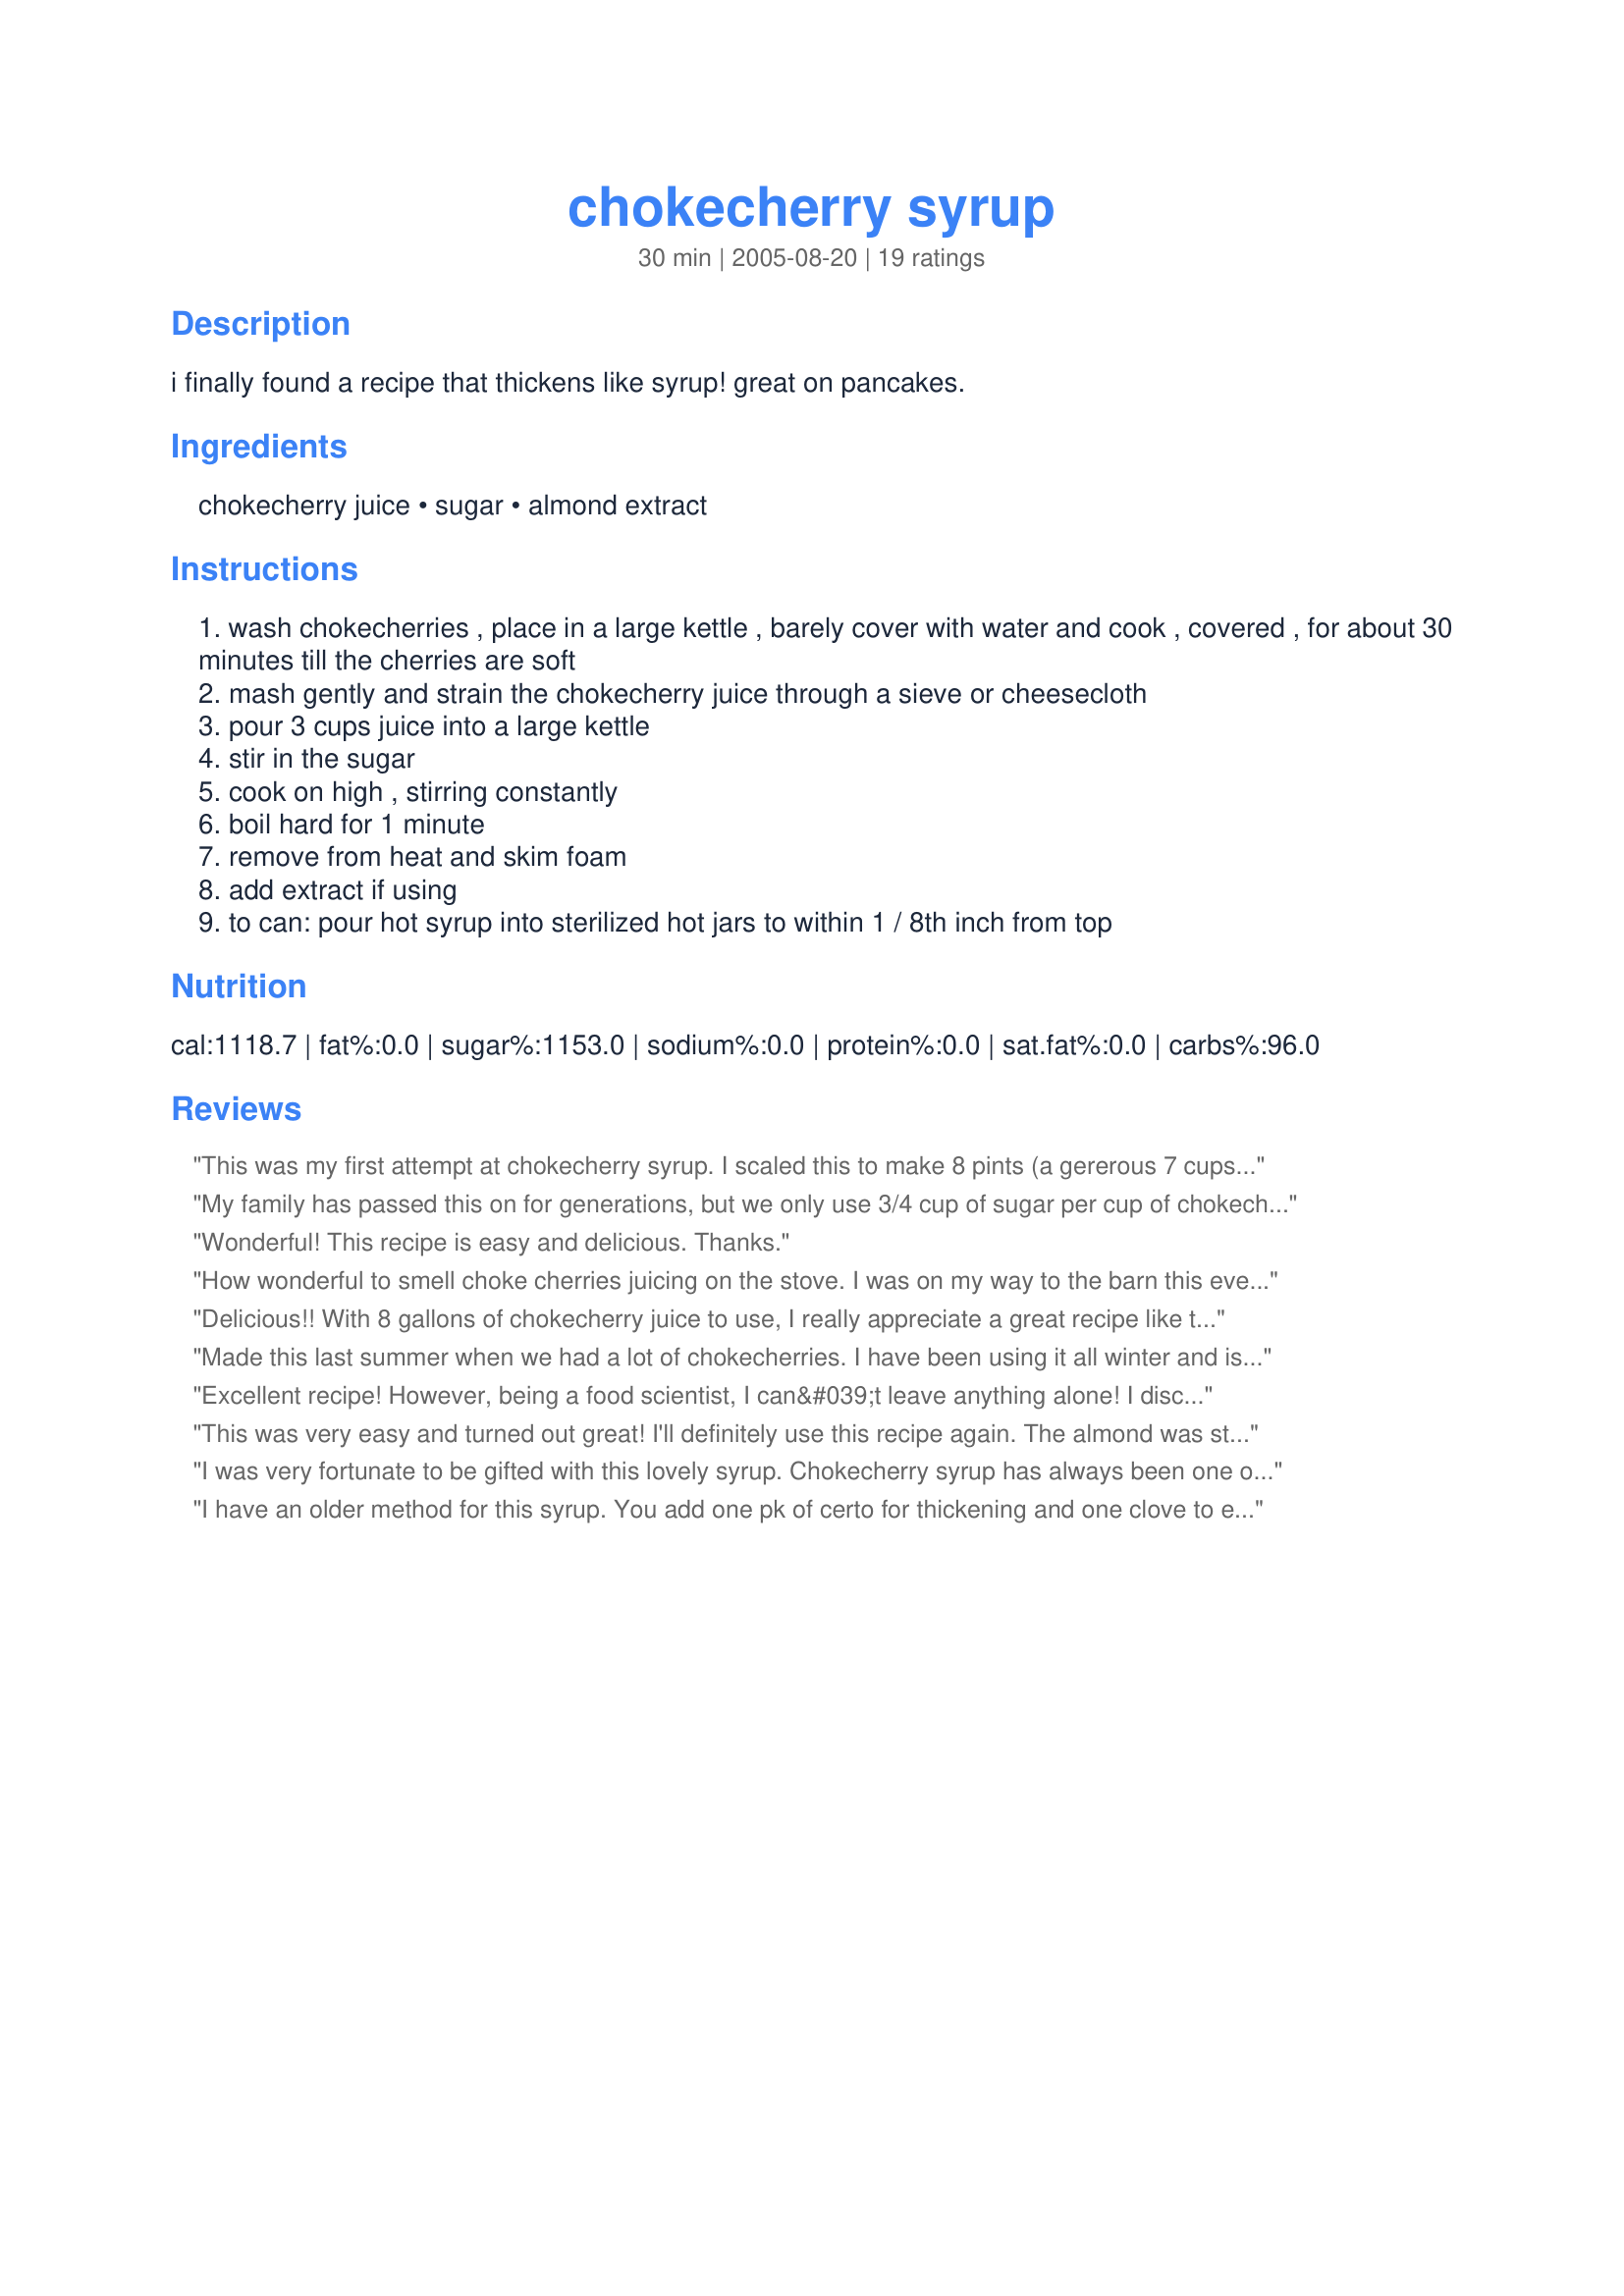
chokecherry syrup
Preparation time: 30 minutes

i finally found a recipe that thickens like syrup! great on pancakes.

Ingredients:
chokecherry juice, sugar, almond extract

Steps:
wash chokecherries , place in a large kettle , barely cover with water and cook , covered , for about 30 minutes till the cherries are soft
mash gently and strain the chokecherry juice through a sieve or cheesecloth
pour 3 cups juice into a large kettle
stir in the sugar
cook on high , stirring constantly
boil hard for 1 minute
remove from heat and skim foam
add extract if using
to can: pour hot syrup into sterilized hot jars to within 1 / 8th inch from top

Reviews:
This was my first attempt at chokecherry syrup. I scaled this to make 8 pints (a gererous 7 cups of juice - 1/2 gal jar), and it tastes great. Good consistency for syrup! I did add 1/4tbsp of butter due to the suggestions, and I still had foam issues. This may have been due to the pot I was using. Had I used a larger one, it might have been less of a near boil over. I&#039;d recommend using a pot much bigger than what you think you need. Great recipe - thanks Kaarin!
My family has passed this on for generations, but we only use 3/4 cup of sugar per cup of chokecherry juice and last year I cut it back to 1/2 cup. We simmer for 10 minutes. And then process. Once the syrup is opened we freeze it after as it will not keep in fridge. We pour over pancakes followed by a small splash of cream and enjoy! It's not a gaggy sweet syrup and nothing like the real flavour of a refreshing chokecherry syrup...no extra flavourings needed.
Wonderful! This recipe is easy and delicious. Thanks.
How wonderful to smell choke cherries juicing on the stove. I was on my way to the barn this evening and noticed the chokecherry tree we brought from the ranch I grew up on was COVERED with plump sweet cherries! Having played hooky from work I finished the evening picking a couple gallons with my husband. It has been 30 years since I tasted my favorite of all syrups. This recipe is quick, easy and it works without pectin. Thanks for posting and I love the almond!
Delicious!! With 8 gallons of chokecherry juice to use, I really appreciate a great recipe like this! I added 1/4 tsp real butter at step 3 from previous experience and it REALLY helps reduce the foam to almost nothing. Great recipe, thanks so much! ~TJ
Made this last summer when we had a lot of chokecherries. I have been using it all winter and is great with pancakes, and sausage. YUM.
Excellent recipe! However, being a food scientist, I can&#039;t leave anything alone! I discovered that increasing the boil (hard boil which can&#039;t be stirred down) to 3 - 5 minutes produces a spoonable, not pourable product, but which beautifully melts out across a hot pancake and resists soaking in. My first batch crystallized over time - as honey does. You can inhibit crytallization by including 1/3 C corn syrup in the boil. If you want extra-fancy, try adding 1/8 C raspberry juice and an extra 1/8 C sugar. Be sure to add the almond extract!
This was very easy and turned out great! I'll definitely use this recipe again. The almond was stronger than I thought it would be, but I love almond, so it was a nice surprise!
I was very fortunate to be gifted with this lovely syrup. Chokecherry syrup has always been one of my favourite pancake toppings and this one was delicious. Found the addition of almond extract to make for a nice touch. I'm hoping a few more jars find their way into my kitchen! Thank you for sharing.
I have an older method for this syrup. You add one pk of certo for thickening and one clove to each jar. The clove gives the syrup a neat tast and takes that extra sweet taste away. Using less sugar is also a good idea. Anyway, just my two cents on the method. I am going to try the almond extract this time to see how that turns out. I am keeping my cloves however as I just love the taste of those with the chock cherries. I also use this on ice cream...very good!<br/>My mother also taught me to use cloves when canning the small apples. Using the whole apple in the jar with some juice after cooking them, then adding one clove to top off the jar when canning.<br/>I hear using cloves this way goes WAY back at least to the 1900's in this part of the world. Cant wait to use the new ideas here, especially the butter. Saving the taste of berries is always great!<br/>Cheers<br/>Vicki
you are right this does thicken and is a great recipe. Thanks for posting it.
This is the best chokecherry syrup I&#039;ve ever made or had! Friends of ours used to make some and shared a few jars with us, but it was always runny and soaked into the pancakes. So delicious!!!
I just finished making 5 batches of this syrup. For the first batch I was a little cautious and boiled for 1 1/2 minutes just to be sure it wouldn't be too runny and it was almost too thick! For the remaining batches I followed the recipe exactly and the result each time was a syrup of perfect consistency. Thank-you for this recipe.
This was WAY too sweet for me. It is syrup though. Next batch I am going to reduce the sugar. I really loved the addition of the almond extract.
Someone recently gave me a gallon of chokecherries. I didn't know what to do with them until I found this recipe and what a dandy it is!! Thanks so much for posting it!
I did use the butter to reduce the foam and it worked! I just happened to have a leftover pancake from breakfast to do a taste test with what little syrup that didn't fit in the jar. Oh my...I really am going to enjoy this on my french toast some cold North Dakota morning!
I have 4 cups of chokecherry juice can I make syrup with it
Very yummy! My first time making choke cherry syrup. I doubled the batch so should've used 13 cups of sugar. I only used 8 cups and it was sweet enough. Excited to use it on pancakes or pour it over vanilla ice cream!
I am going to try this recipe. We have an abundance of chokecherries this year. I have picked washed and frozen 62 cups of chokecherries since Friday. A friend of mine told me that at Farmers Market, they were selling 7 cups of berries for $25. Really surprised at this, but I guess if you don&#039;t have access to picking cherries,then one might but --but this amount was to pricey.
